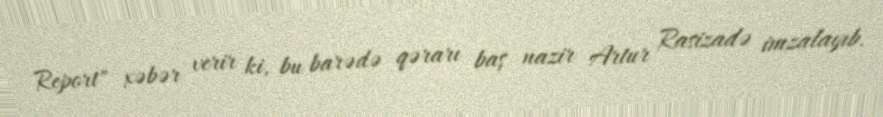
Report" xəbər verir ki, bu barədə qərarı baş nazir Artur Rasizadə imzalayıb.